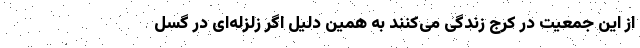
از این جمعیت در کرج زندگی می‌کنند به همین دلیل اگر زلزله‌ای در گسل